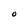
Character: O